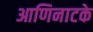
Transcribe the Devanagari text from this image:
आणिनाटके